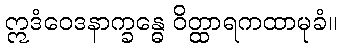
ဣဒံဝေဒနာက္ခန္ဓေ ဝိတ္ထာရကထာမုခံ။